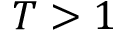
T > 1